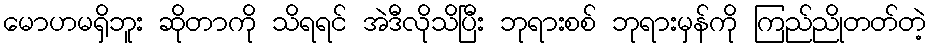
မောဟမရှိဘူး ဆိုတာကို သိရရင် အဲဒီလိုသိပြီး ဘုရားစစ် ဘုရားမှန်ကို ကြည်ညိုတတ်တဲ့